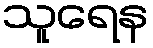
သူရေန